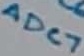
Text: ADC7